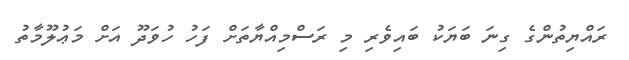
ރައްޔިތުންގެ ގިނަ ބަޔަކު ބައިވެރި މި ރަސްމިއްޔާތަށް ފަހު ހުވަދޫ އަށް މަޢުލޫމާތު